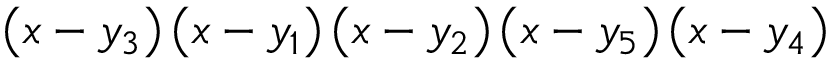
\left( x - y _ { 3 } \right) \left( x - y _ { 1 } \right) \left( x - y _ { 2 } \right) \left( x - y _ { 5 } \right) \left( x - y _ { 4 } \right)